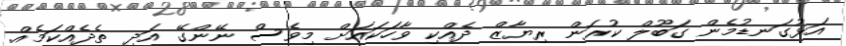
އަޅުގަނޑުމެން ގަބޫލް ކުރަން ރިޔާޒް ދެއްކި ވާހަކައަށް މިވެސް ނޭންގޭ އަދި ތެދެއްކަމެއް.